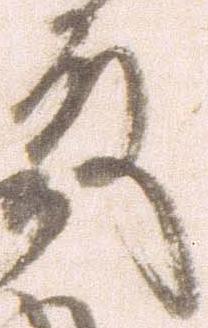
殿